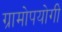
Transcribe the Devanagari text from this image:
ग्रामोपयोगी